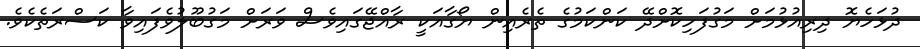
ދުޅަހެޔޮ ދިރިއުޅުމަށް މަގުފަހިކޮށްދޭ ކަންކަމުގެ ތެރެއިން ޔޯގާއަކީ ރާއްޖޭގައިވެސް ވަރަށް މަގުބޫލުވެފައިވާ ކަސްރަތެކެވެ.